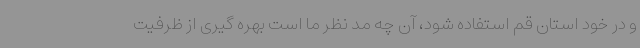
و در خود استان قم استفاده شود، آن چه مد نظر ما است بهره گیری از ظرفیت